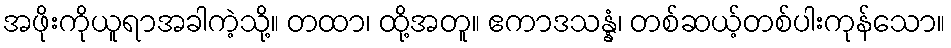
အဖိုးကိုယူရာအခါကဲ့သို့။ တထာ၊ ထို့အတူ။ ဧကာဒသန္နံ၊ တစ်ဆယ့်တစ်ပါးကုန်သော။